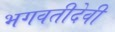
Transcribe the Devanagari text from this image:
भगवतीदेवी